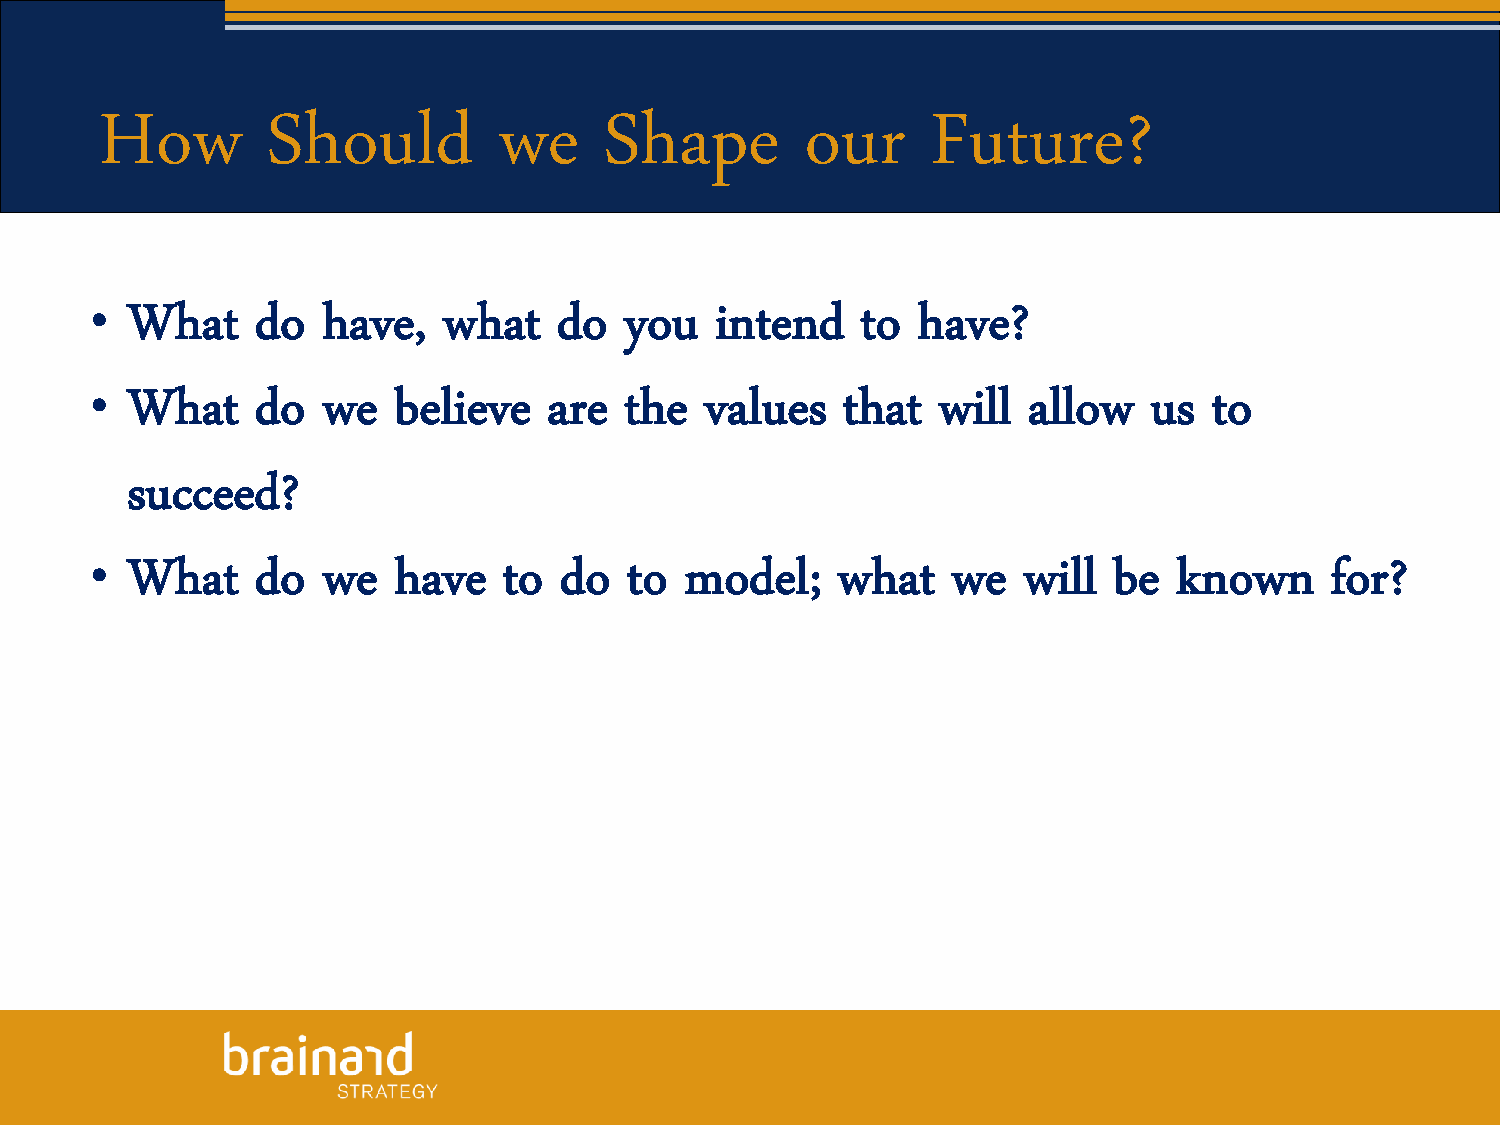
How        Should         we     Shape        our      Future?
 •
 What     do  have,   what    do  you   intend    to  have?
 •
 What     do  we   believe   are  the   values   that  will  allow   us  to
 succeed?
 •
 What     do  we   have   to  do   to model;    what    we   will  be  known     for?